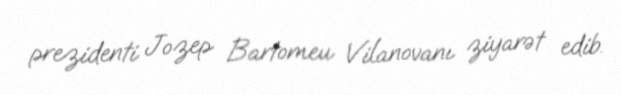
prezidenti Jozep Bartomeu Vilanovanı ziyarət edib.